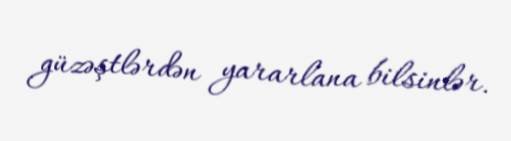
güzəştlərdən yararlana bilsinlər.